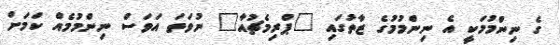
ގެ ނިންމުމަކީ އެ ނިންމުމުގެ ޒާތުގައި "ޕްރިމެޗުއާ" ނުވަތަ އަވަސް ނިންމުމެއް ކަމަށް